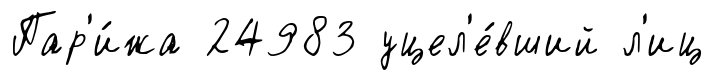
Пар'и́жа 24983 уцел'е́вший л'иц